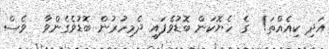
އަދި ކިއެއްތަ!  ގެ ހެޔޮކަން ބޮޑުވެފައި ދެމިހުރުން ބޮޑުވެގެންވާ  ވެސް